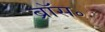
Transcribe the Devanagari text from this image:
ब्रॉस॰